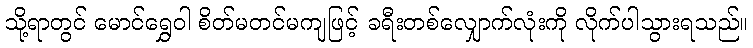
သို့ရာတွင် မောင်ရွှေဝါ စိတ်မတင်မကျဖြင့် ခရီးတစ်လျှောက်လုံးကို လိုက်ပါသွားရသည်။